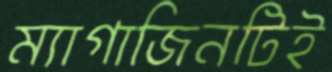
ম্যাগাজিনটিই